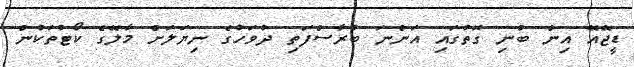
ޑީޖޭއޭ އިން ބުނި ގޮތުގައި އަންނަ ބުރާސްފަތި ދުވަހުގެ ނިޔަލަށް މާލޭގެ ކޯޓުތަކުން